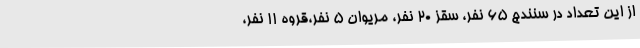
از این تعداد در سنندج 65 نفر، سقز 20 نفر، مریوان 5 نفر،قروه 11 نفر،